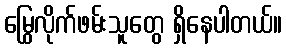
မြွေလိုက်ဖမ်းသူတွေ ရှိနေပါတယ်။